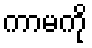
ကာမကို